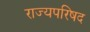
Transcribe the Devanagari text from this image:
राज्यपरिषद